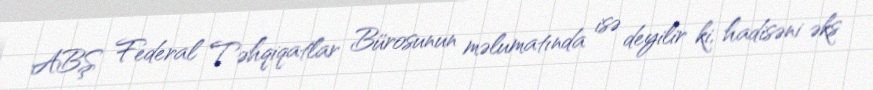
ABŞ Federal Təhqiqatlar Bürosunun məlumatında isə deyilir ki, hadisəni əks